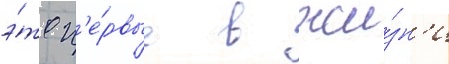
э́то п'е́рвые в жи́зн'и